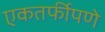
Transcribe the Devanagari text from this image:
एकतर्फीपणे